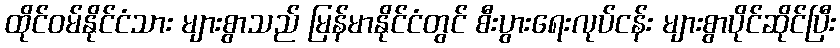
ထိုင်ဝမ်နိုင်ငံသား များစွာသည် မြန်မာနိုင်ငံတွင် စီးပွားရေးလုပ်ငန်း များစွာပိုင်ဆိုင်ပြီး